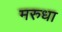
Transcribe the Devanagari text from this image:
मरुधा